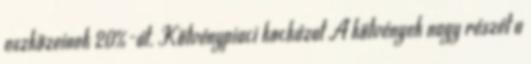
eszközeinek 20%-át. Kötvénypiaci kockázat A kötvények nagy részét a